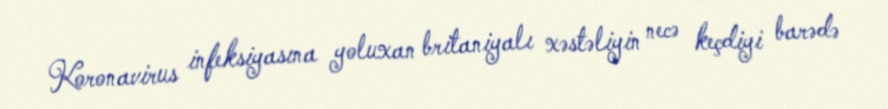
Koronavirus infeksiyasına yoluxan britaniyalı xəstəliyin necə keçdiyi barədə